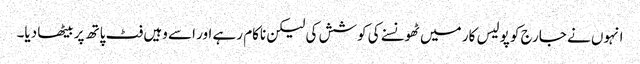
انہوں نے جارج کو پولیس کار میں ٹھونسنے کی کوشش کی لیکن ناکام رہے اور اسے وہیں فٹ پاتھ پر بیٹھا دیا۔